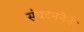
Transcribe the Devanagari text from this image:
संघटननेने